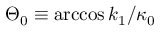
\Theta _ { 0 } \equiv \operatorname { a r c c o s } k _ { 1 } / \kappa _ { 0 }